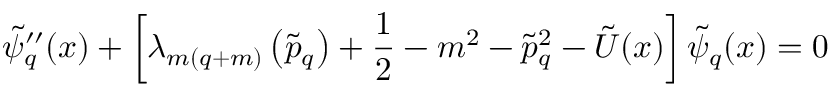
\tilde { \psi } _ { q } ^ { \prime \prime } ( x ) + \left[ \lambda _ { m ( q + m ) } \left( \tilde { p } _ { q } \right) + \frac { 1 } { 2 } - m ^ { 2 } - \tilde { p } _ { q } ^ { 2 } - \tilde { U } ( x ) \right] \tilde { \psi } _ { q } ( x ) = 0